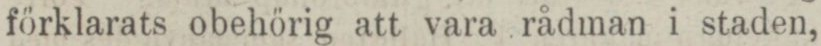
förklarats obehörig att vara rådman i staden,